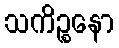
သကိဉ္စနော